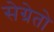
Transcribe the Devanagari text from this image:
सेग्रेतो